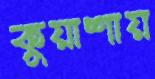
কুয়াশায়